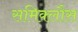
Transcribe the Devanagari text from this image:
समिक्लौस